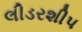
લીડરશીપ